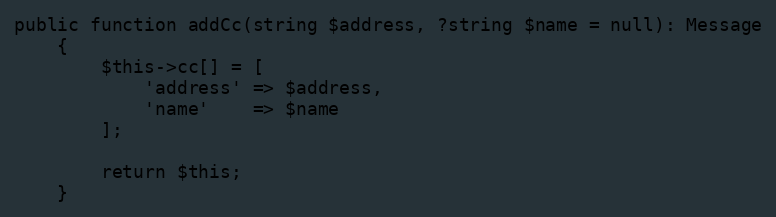
Language: PHP
public function addCc(string $address, ?string $name = null): Message
    {
        $this->cc[] = [
            'address' => $address,
            'name'    => $name
        ];

        return $this;
    }